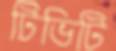
টিভিটি